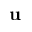
\mathbf { u }